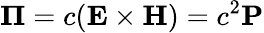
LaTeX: {\mathbf\Pi}=c({\mathbf E}\times{\mathbf H})=c^{2}{\mathbf P}